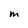
Character: M